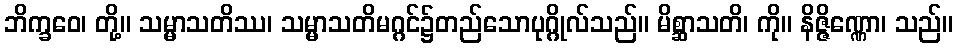
ဘိက္ခဝေ၊ တို့။ သမ္မာသတိဿ၊ သမ္မာသတိမဂ္ဂင်၌တည်သောပုဂ္ဂိုလ်သည်။ မိစ္ဆာသတိ၊ ကို။ နိဇ္ဇိဏ္ဏော၊ သည်။